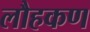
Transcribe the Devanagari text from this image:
लौहकण